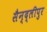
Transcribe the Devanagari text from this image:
सैन्द्लीपुर